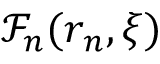
\mathcal { F } _ { n } ( \boldsymbol { r } _ { \! \; \! n } , \xi )